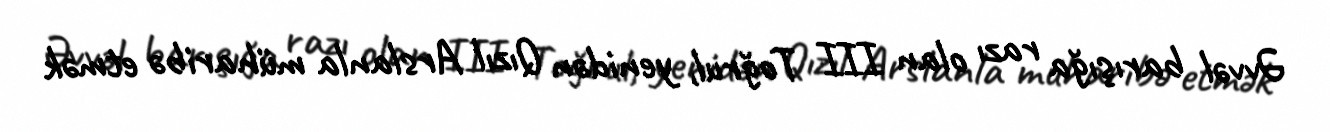
Əvvəl barışığa razı olan III Toğrul, yenidən Qızıl Arslanla müharibə etmək